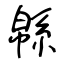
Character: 緜